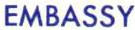
EMBASSY